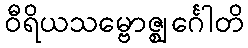
ဝီရိယသမ္ဗောဇ္ဈင်္ဂေါတိ